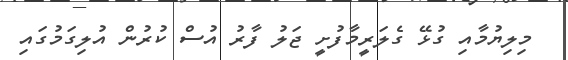
މިލިޔުމާއި ގުޅޭ ގެލަރީމާފުށީ ޖަލު ފާރު އުސް ކުރުން އުލިގަމުގައި